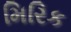
મિરિક